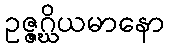
ဥဇ္ဇဂ္ဃိယမာနော